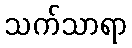
သက်သာရာ